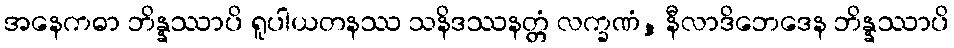
အနေကဓာ ဘိန္နဿာပိ ရူပါယတနဿ သနိဒဿနတ္တံ လက္ခဏံ, နီလာဒိဘေဒေန ဘိန္နဿာပိ